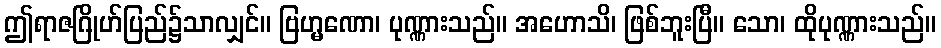
ဤရာဇဂြိုဟ်ပြည်၌သာလျှင်။ ဗြဟ္မဏော၊ ပုဏ္ဏားသည်။ အဟောသိ၊ ဖြစ်ဘူးပြီ။ သော၊ ထိုပုဏ္ဏားသည်။